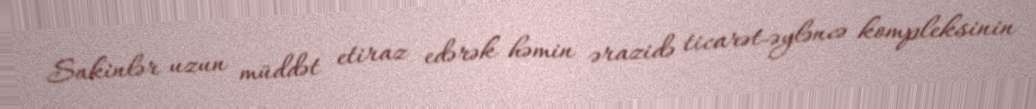
Sakinlər uzun müddət etiraz edərək həmin ərazidə ticarət-əyləncə kompleksinin